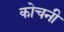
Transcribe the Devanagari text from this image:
कोचनी